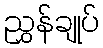
ညွှန်ချုပ်